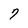
Character: 7